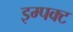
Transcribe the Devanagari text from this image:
इम्पक्ट